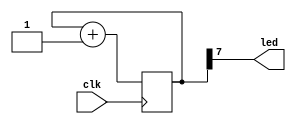

module blink(input clk, output led);

    reg [63:0] counter = 0;
    reg [43:11] non_zero_lsb = 1;

    always @(posedge clk) 
        counter <= counter + 1'b1;

    assign led = counter[7];


endmodule

module top(input clk, output led);

    reg [39:0] mem[10:0];

    initial begin
        mem[0]  = 0;
        mem[4]  = 3;
        mem[7] = (1<<33);
    end

    blink u_blink(
        .clk(clk),
        .led(led)
    );

endmodule